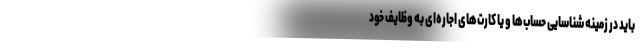
باید در زمینه شناسایی حساب‌ها و یا کارت‌های اجاره‌ای به وظایف خود